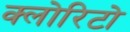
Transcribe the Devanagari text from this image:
क्लोरिटो